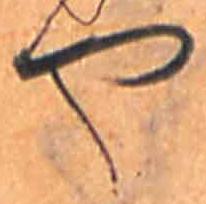
や